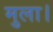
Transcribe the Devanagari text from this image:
मुला।